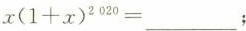
$$x(1+x)^{2020}=___$$；